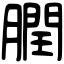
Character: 膶